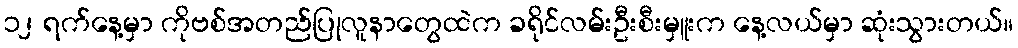
၁၂ ရက်နေ့မှာ ကိုဗစ်အတည်ပြုလူနာတွေထဲက ခရိုင်လမ်းဦးစီးမှူးက နေ့လယ်မှာ ဆုံးသွားတယ်။